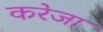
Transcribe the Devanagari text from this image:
करेजा